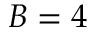
B = 4